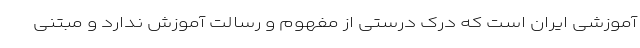
آموزشی ایران است که درک درستی از مفهوم و رسالت آموزش ندارد و مبتنی